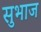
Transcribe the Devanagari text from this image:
सुभाज